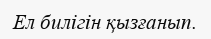
Ел билігін қызғанып.